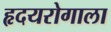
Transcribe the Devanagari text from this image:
हृदयरोगाला